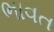
ભાવત